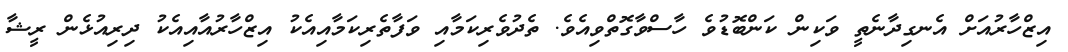
އިޒްހާރުއަށް އެނގިދާނެތީ ވަކިން ކަންބޮޑުވެެ ހާސްވާގޮތްވިއެވެ. ތެދުވެރިކަމާއި ވަފާތެރިކަމާއިއެކު އިޒްހާރުއާއިއެކު ދިރިއުޅެން ރީޝާ